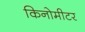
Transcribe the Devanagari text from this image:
किनोमीटर